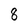
Character: 8